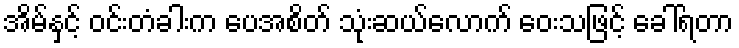
အိမ်နှင့် ဝင်းတံခါးက ပေအစိတ် သုံးဆယ်လောက် ဝေးသဖြင့် ခေါ်ရတာ